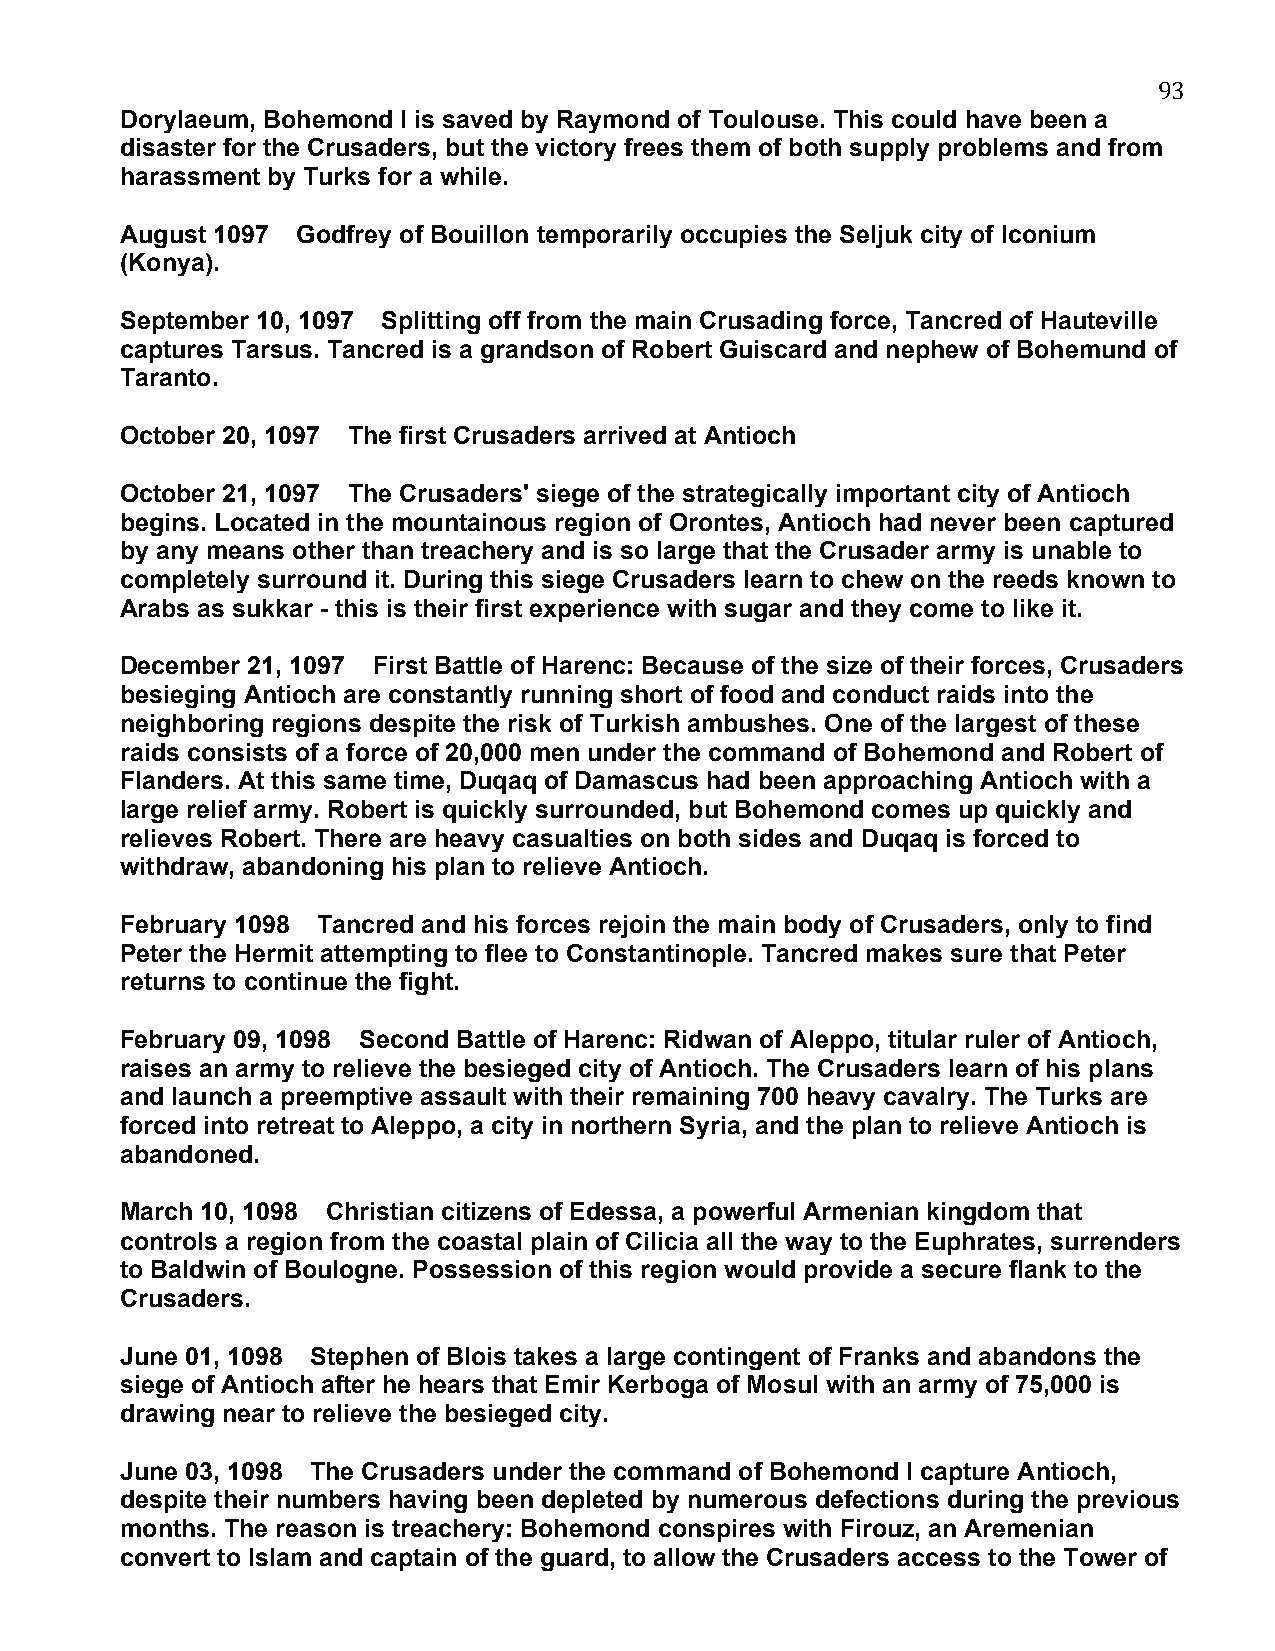
93
 Dorylaeum, Bohemond I is saved by Raymond of Toulouse. This could have been a
 disaster for the Crusaders, but the victory frees them of both supply problems and from
 harassment by Turks for a while.
 August 1097 Godfrey of Bouillon temporarily occupies the Seljuk city of Iconium
 (Konya).
 September 10, 1097 Splitting off from the main Crusading force, Tancred of Hauteville
 captures Tarsus. Tancred is a grandson of Robert Guiscard and nephew of Bohemund of
 Taranto.
 October 20, 1097 The first Crusaders arrived at Antioch
 October 21, 1097 The Crusaders' siege of the strategically important city of Antioch
 begins. Located in the mountainous region of Orontes, Antioch had never been captured
 by any means other than treachery and is so large that the Crusader army is unable to
 completely surround it. During this siege Crusaders learn to chew on the reeds known to
 Arabs as sukkar - this is their first experience with sugar and they come to like it.
 December 21, 1097 First Battle of Harenc: Because of the size of their forces, Crusaders
 besieging Antioch are constantly running short of food and conduct raids into the
 neighboring regions despite the risk of Turkish ambushes. One of the largest of these
 raids consists of a force of 20,000 men under the command of Bohemond and Robert of
 Flanders. At this same time, Duqaq of Damascus had been approaching Antioch with a
 large relief army. Robert is quickly surrounded, but Bohemond comes up quickly and
 relieves Robert. There are heavy casualties on both sides and Duqaq is forced to
 withdraw, abandoning his plan to relieve Antioch.
 February 1098 Tancred and his forces rejoin the main body of Crusaders, only to find
 Peter the Hermit attempting to flee to Constantinople. Tancred makes sure that Peter
 returns to continue the fight.
 February 09, 1098 Second Battle of Harenc: Ridwan of Aleppo, titular ruler of Antioch,
 raises an army to relieve the besieged city of Antioch. The Crusaders learn of his plans
 and launch a preemptive assault with their remaining 700 heavy cavalry. The Turks are
 forced into retreat to Aleppo, a city in northern Syria, and the plan to relieve Antioch is
 abandoned.
 March 10, 1098 Christian citizens of Edessa, a powerful Armenian kingdom that
 controls a region from the coastal plain of Cilicia all the way to the Euphrates, surrenders
 to Baldwin of Boulogne. Possession of this region would provide a secure flank to the
 Crusaders.
 June 01, 1098 Stephen of Blois takes a large contingent of Franks and abandons the
 siege of Antioch after he hears that Emir Kerboga of Mosul with an army of 75,000 is
 drawing near to relieve the besieged city.
 June 03, 1098 The Crusaders under the command of Bohemond I capture Antioch,
 despite their numbers having been depleted by numerous defections during the previous
 months. The reason is treachery: Bohemond conspires with Firouz, an Aremenian
 convert to Islam and captain of the guard, to allow the Crusaders access to the Tower of